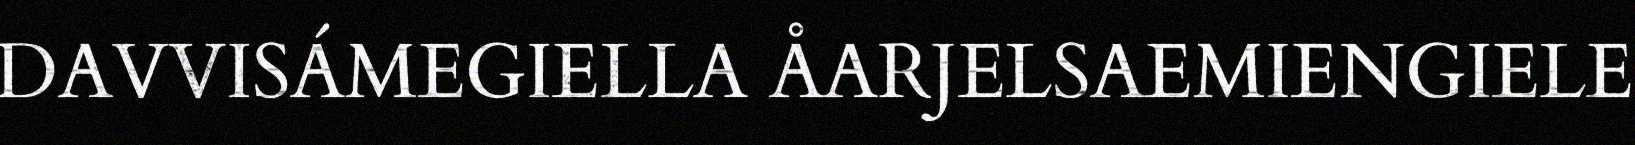
DAVVISÁMEGIELLA ÅARJELSAEMIENGIELE